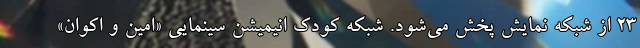
۲۳ از شبکه نمایش پخش می‌شود. شبکه کودک انیمیشن سینمایی «امین و اکوان»